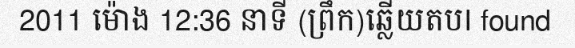
2011 ម៉ោង 12:36 នាទី (ព្រឹក)ឆ្លើយតបI found